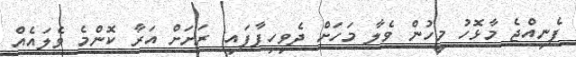
ފެނިއްޖެ މާޅޮހު މީހުން ވެލާ މަހަށް ދެވިހިފާފައި: ރަށަށް އަރާ ކޮންމެ ވެލައެއް